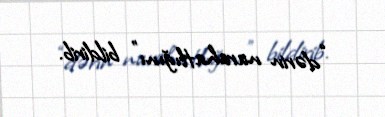
“dərin narahatlığını” bildirib.